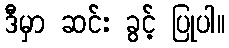
ဒီမှာ ဆင်း ခွင့် ပြုပါ။